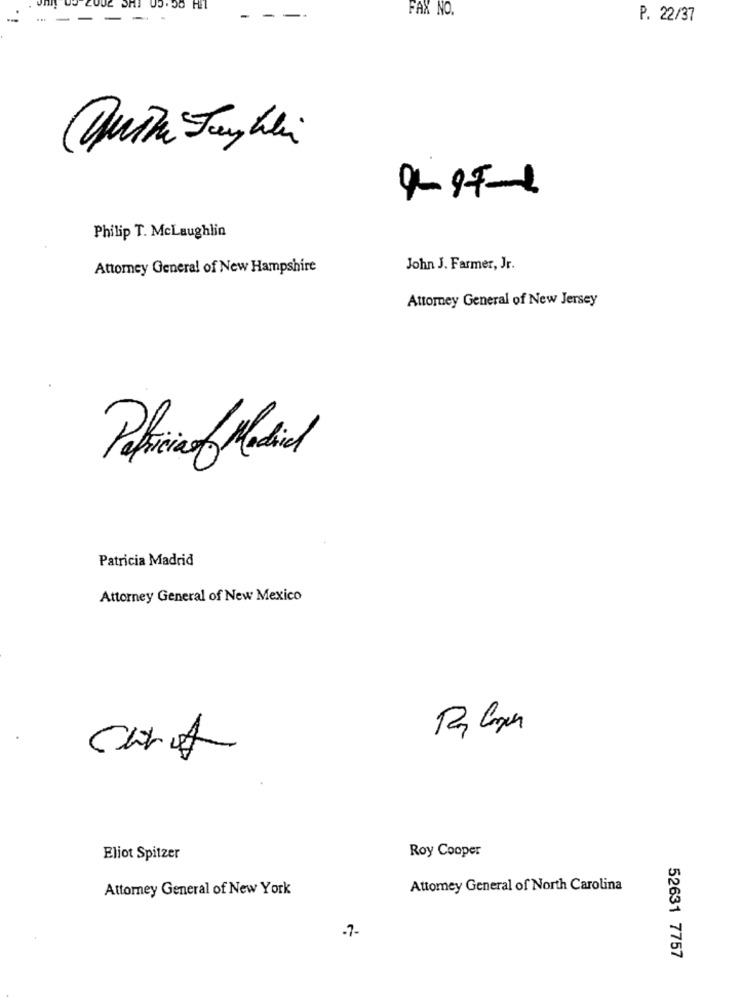
OG ..
FAX NO.
P. 22/37
Philip T. McLaughlin
Attorney General of New Hampshire
John J. Farmer, Jr.
Attorney General of New Jersey
Patricia Madrid
Attorney General of New Mexico
Chrot
Eliot Spitzer
Roy Cooper
Attorney General of New York
Attomey General of North Carolina
-7-
52631 7757